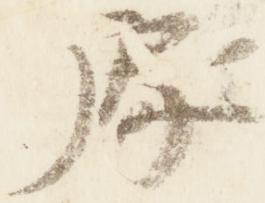
処